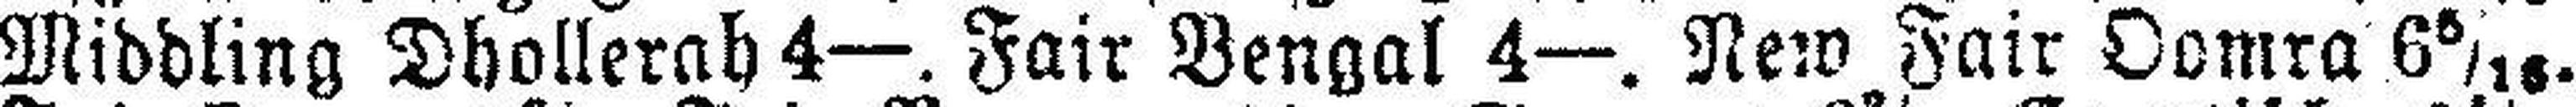
Middling Dhollerah 4—. Fair Bengal 4—. New Fair Oomra 6 5/16.